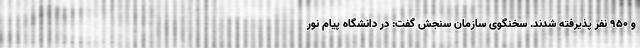
و ۹۵۰ نفر پذیرفته شدند. سخنگوی سازمان سنجش گفت: در دانشگاه پیام نور